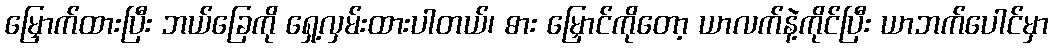
မြှောက်ထားပြီး ဘယ်ခြေကို ရှေ့လှမ်းထားပါတယ်၊ ဓား မြှောင်ကိုတော့ ယာလက်နဲ့ကိုင်ပြီး ယာဘက်ပေါင်မှာ